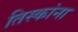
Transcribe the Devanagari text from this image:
तिस्कांना